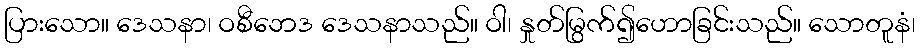
ပြားသော။ ဒေသနာ၊ ဝစီဘေဒ ဒေသနာသည်။ ဝါ၊ နှုတ်မြွက်၍ဟောခြင်းသည်။ သောတူနံ၊